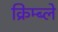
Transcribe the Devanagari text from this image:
क्रिम्ब्ले